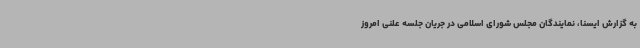
به گزارش ایسنا، نمایندگان مجلس شورای اسلامی در جریان جلسه علنی امروز